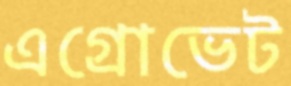
এগ্রোভেট